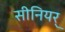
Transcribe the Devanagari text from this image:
सीनियर्